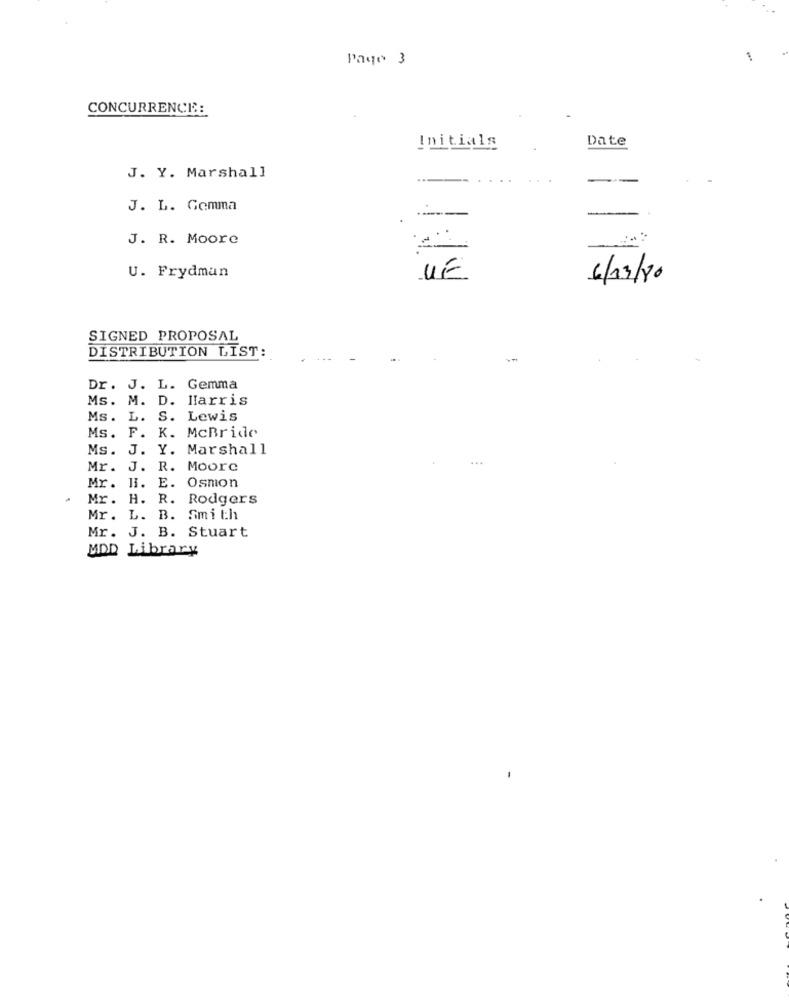
Page 3
1
CONCURRENCE:
Initials
Date
J. Y. Marshall
J. L. Gomma
J. R. Moore
U. Frydman
UE
6/13/20
SIGNED PROPOSAL
DISTRIBUTION LIST:
Dr. J. L. Gemma
Ms. M. D. Harris
Ms .
L.
S. Lewis
Ms. F. K. McBride
Ms. J. Y. Marshall
Mr. J. R. Moore
Mr. HI. E. Osmon
Mr. H. R. Rodgers
Mr. L. B. Smith
Mr. J. B. Stuart
MDD Library